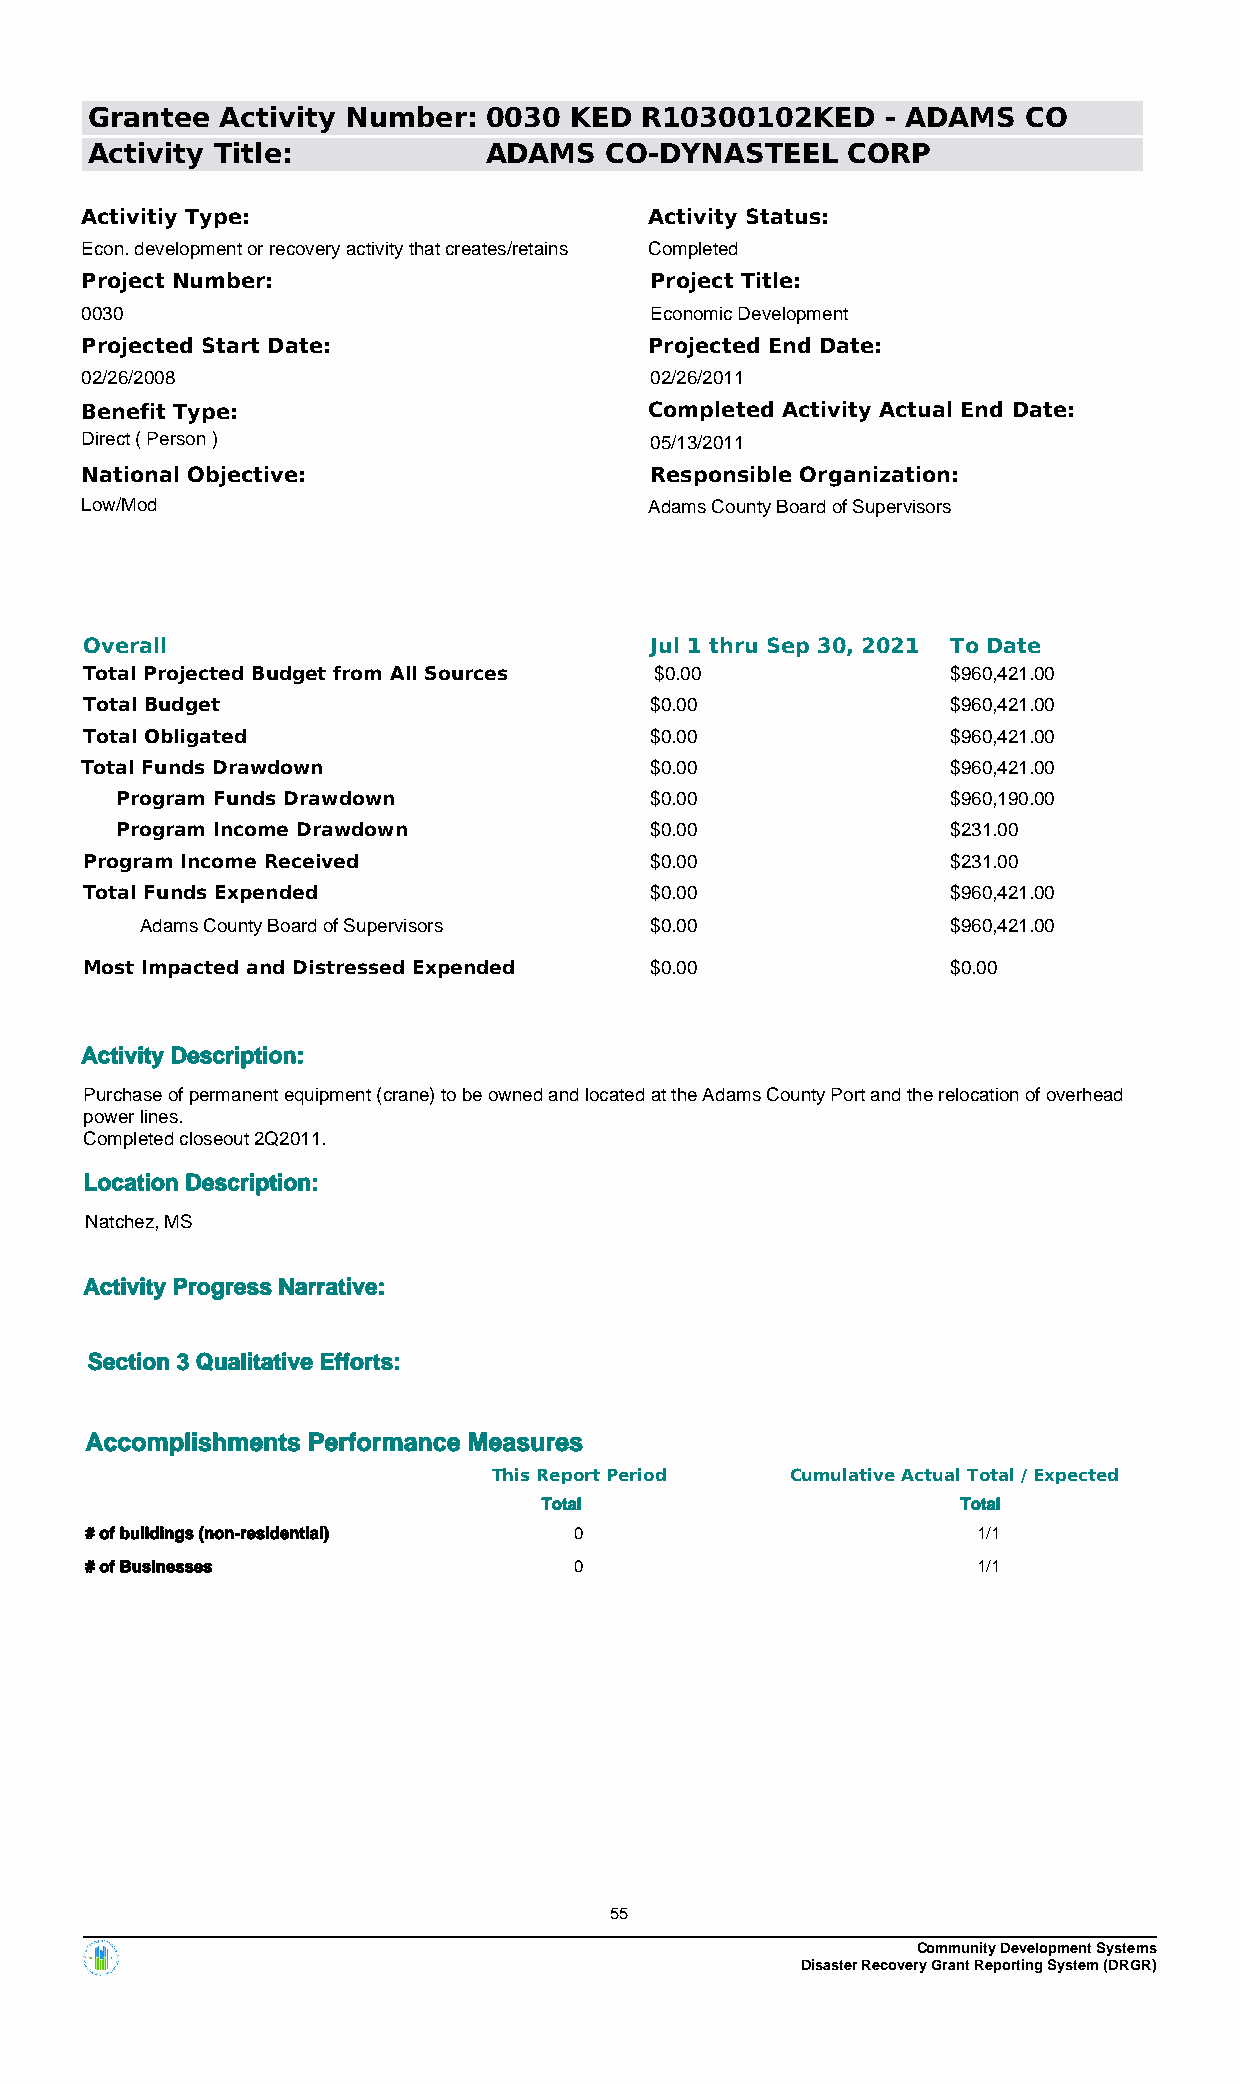
Grantee  Activity Number: 0030  KED R10300102KED     - ADAMS  CO
 Activity Title:           ADAMS   CO-DYNASTEEL    CORP
 Activitiy Type:                       Activity Status:
 Econ. development or recovery activity that creates/retains Completed
 Project Number:                       Project Title:
 0030                                  Economic Development
 Projected Start Date:                 Projected End Date:
 02/26/2008                            02/26/2011
 Benefit Type:                         Completed Activity Actual End Date:
 Direct ( Person )                     05/13/2011
 National Objective:                   Responsible Organization:
 Low/Mod                               Adams County Board of Supervisors
 Overall                              Jul 1 thru Sep 30, 2021 To Date
 Total Projected Budget from All Sources $0.00            $960,421.00
 Total Budget                         $0.00               $960,421.00
 Total Obligated                      $0.00               $960,421.00
 Total Funds Drawdown                  $0.00               $960,421.00
 Program Funds Drawdown             $0.00               $960,190.00
 Program Income Drawdown            $0.00               $231.00
 Program Income Received              $0.00               $231.00
 Total Funds Expended                 $0.00               $960,421.00
 Adams County Board of Supervisors $0.00               $960,421.00
 Most Impacted and Distressed Expended $0.00              $0.00
 Activity Description:
 Purchase of permanent equipment (crane) to be owned and located at the Adams County Port and the relocation of overhead
 power lines.
 Completed closeout 2Q2011.
 Location Description:
 Natchez, MS
 Activity Progress Narrative:
 Section 3 Qualitative Efforts:
 Accomplishments Performance Measures
 This Report Period Cumulative Actual Total / Expected
 Total                       Total
 # of buildings (non-residential) 0                         1/1
 # of Businesses                 0                          1/1
 55
 Community Development Systems
 Disaster Recovery Grant Reporting System (DRGR)